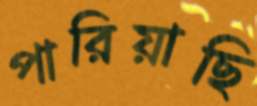
পারিয়াছি